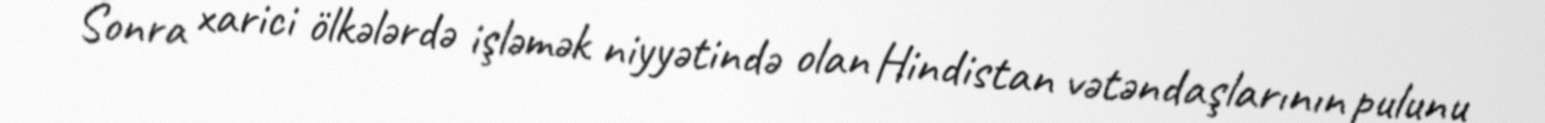
Sonra xarici ölkələrdə işləmək niyyətində olan Hindistan vətəndaşlarının pulunu